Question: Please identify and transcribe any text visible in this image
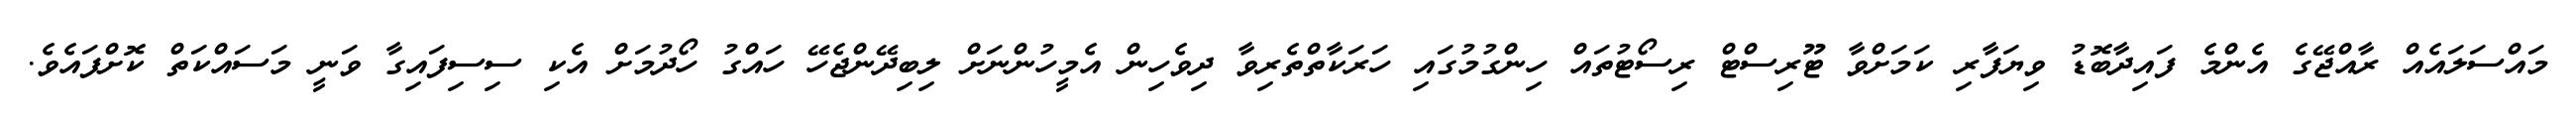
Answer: މައްސަލައެއް ރާއްޖޭގެ އެންމެ ފައިދާބޮޑު ވިޔަފާރި ކަމަށްވާ ޓޫރިސްޓް ރިސޯޓުތައް ހިންގުމުގައި ހަރަކާތްތެރިވާ ދިވެހިން އެމީހުންނަށް ލިބިދޭންޖެހޭ ހައްގު ހޯދުމަށް އެކި ސިސިފައިގާ ވަނީ މަސައްކަތް ކޮށްފައެވެ.